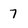
Character: 7